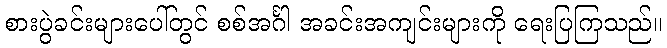
စားပွဲခင်းများပေါ်တွင် စစ်အင်္ဂါ အခင်းအကျင်းများကို ရေးပြကြသည်။